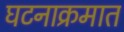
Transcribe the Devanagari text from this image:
घटनाक्रमात